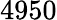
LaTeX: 4950